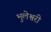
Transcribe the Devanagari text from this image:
भुलेश्वरी